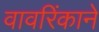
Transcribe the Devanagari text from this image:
वावरिंकाने